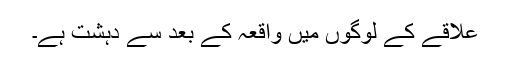
علاقے کے لوگوں میں واقعہ کے بعد سے دہشت ہے۔